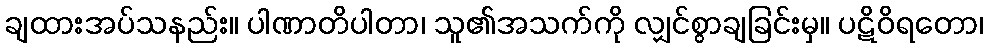
ချထားအပ်သနည်း။ ပါဏာတိပါတာ၊ သူ၏အသက်ကို လျှင်စွာချခြင်းမှ။ ပဋိဝိရတော၊